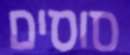
סוסים